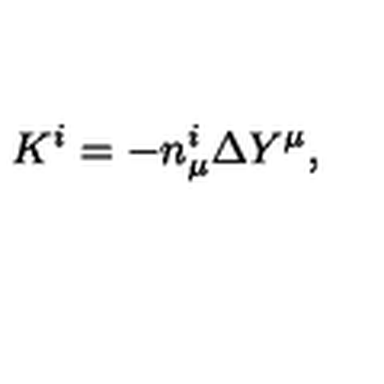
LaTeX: K ^ { i } = - n _ { \mu } ^ { i } \Delta Y ^ { \mu } ,